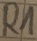
Text: R1